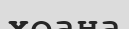
хоана